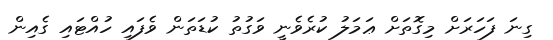
ގިނަ ފަހަރަށް މިގޮތަށް ޢަމަލު ކުރެވެނީ ވަގުތު ކުޑަތަން ވެފައި ހުއްޓައި ގެއިން